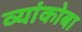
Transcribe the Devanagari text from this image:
व्यांकोबा